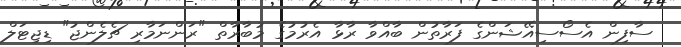
ސާފިން އެސޯސިއޭޝަންގެ ފަރާތުން ބާއްވާ ރާޅާ އެރުމުގެ މުބާރާތް "ރަންނަމާރި ޗެލެންޖު" ޑިޖިޓަލް